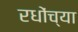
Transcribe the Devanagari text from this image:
रधोंच्या